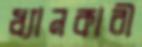
ধ্যানকারী